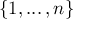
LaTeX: \mathbf { \{ } 1 , . . . \, , n \}